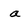
Character: a